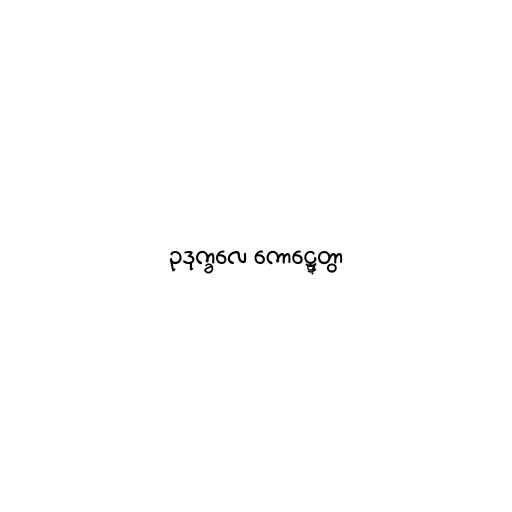
ဥဒုက္ခလေ ကောဋ္ဋေတွာ